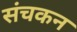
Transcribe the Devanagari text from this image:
संचकन